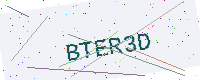
Text: BTER3D